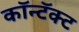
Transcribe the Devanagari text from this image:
कॉन्टॅक्ट